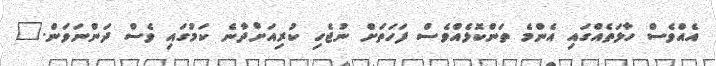
އެއްވެސް ހާލަތެއްގައި އެންމެ ތަންކޮޅެއްވެސް ފަހަތަށް ނުޖެހި ކުރިއަށްދާނެ ކަމުގައި ވެސް ދަންނަވަން."